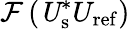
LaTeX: \mathcal{F}\left(\mathit U_{\mathrm{s}}^{\ast}U_{\mathrm{ref}}\right)